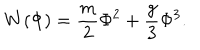
W ( \Phi ) = \frac { m } { 2 } \Phi ^ { 2 } + \frac { g } { 3 } \Phi ^ { 3 } .